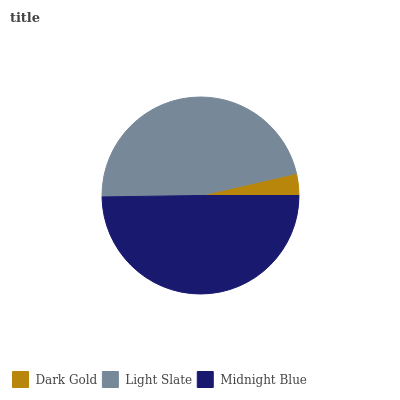
| Dark Gold | Light Slate | Midnight Blue |
 | --- | --- | --- |
 | 3.6% | 46.6% | 49.8% |